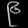
Digit: ၉